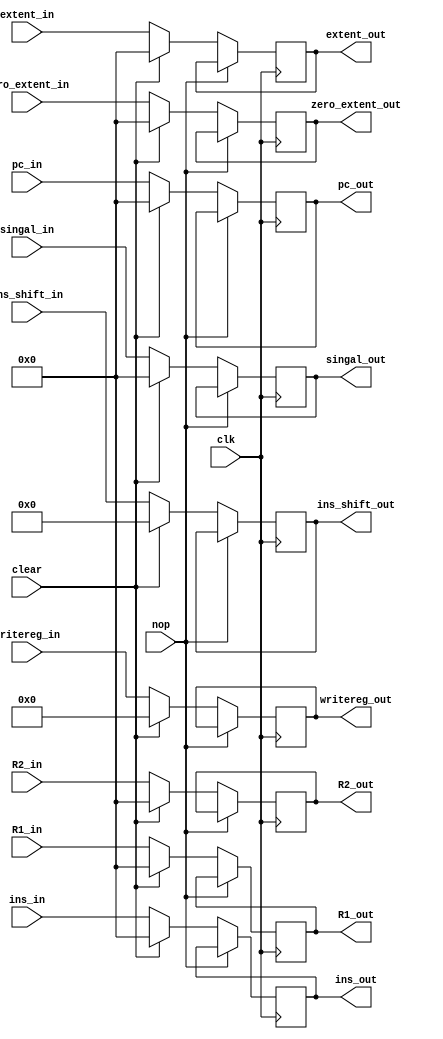
`timescale 1ns / 1ps
//////////////////////////////////////////////////////////////////////////////////
// Company: 
// Engineer: 
// 
// Design Name: 
// Module Name: ID_EX
// Project Name: 
// Target Devices: 
// Tool Versions: 
// Description: 
// 
// Dependencies: 
// 
// Revision:
// Revision 0.01 - File Created
// Additional Comments:
// 
//////////////////////////////////////////////////////////////////////////////////


module ID_EX(
    input clk,
    input nop,
    input clear,
    input [27:0] ins_shift_in,
    input [31:0] pc_in,
    input [31:0] ins_in,
    input [31:0] singal_in, 
    input [31:0] R1_in,
    input [31:0] R2_in,
    input [4:0] writereg_in,
    input [31:0] zero_extent_in,
    input [31:0] extent_in,
    output reg [27:0] ins_shift_out,
    output reg [31:0] pc_out,
    output reg [31:0] ins_out,
    output reg [31:0] singal_out,
    output reg [31:0] R1_out,
    output reg [31:0] R2_out,
    output reg [4:0]  writereg_out,
    output reg [31:0] zero_extent_out,
    output reg [31:0] extent_out
    );
    
    initial
    begin
        ins_shift_out <= 0;
        pc_out <= 0;
        ins_out <= 0;
        singal_out <= 0;
        R1_out <= 0;
        R2_out <= 0;
        writereg_out <= 0;
        zero_extent_out <= 0;
        extent_out <= 0;    
    end
    
    always@(posedge clk)
    begin
        if(~nop)
        begin
            if(clear)
            begin
                ins_shift_out <= 0;
                pc_out <= 0;
                ins_out <= 0;
                singal_out <= 0;
                R1_out <= 0;
                R2_out <= 0;
                writereg_out <= 0;
                zero_extent_out <= 0;
                extent_out <= 0;
            end
            else
            begin
                ins_shift_out <= ins_shift_in;
                pc_out <= pc_in;
                ins_out <= ins_in;
                singal_out <= singal_in;
                R1_out <= R1_in;
                R2_out <= R2_in;
                writereg_out <= writereg_in;
                zero_extent_out <= zero_extent_in;
                extent_out <= extent_in;
            end
        end
    end    
endmodule